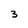
Character: 3